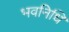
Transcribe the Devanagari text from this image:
भवनिधि